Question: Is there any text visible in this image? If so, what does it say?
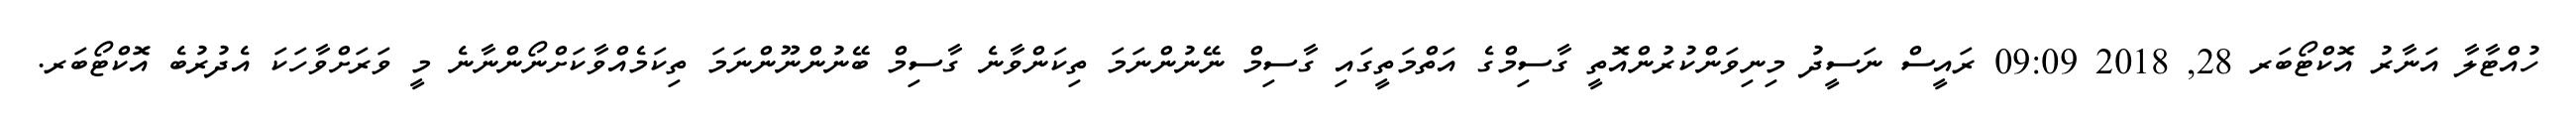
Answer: ހުއްޓާލާ އަނާރު އޮކްޓޯބަރ 28, 2018 09:09 ރައީސް ނަސީދު މިނިވަންކުރުންއޮތީ ގާސިމްގެ އަތްމަތީގައި ގާސިމް ނޭނުންނަމަ ތިކަންވާނެ ގާސިމް ބޭނުންނޫންނަމަ ތިކަމެއްވާކަށްނޯންނާނެ މީ ވަރަށްވާހަކަ އެދުރުބެ އޮކްޓޯބަރ.